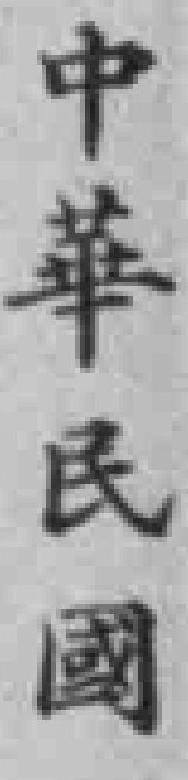
中華民國